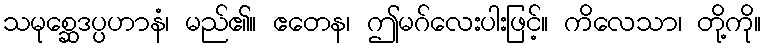
သမုစ္ဆေဒပ္ပဟာနံ၊ မည်၏။ ဧတေန၊ ဤမဂ်လေးပါးဖြင့်။ ကိလေသာ၊ တို့ကို။